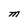
Character: M